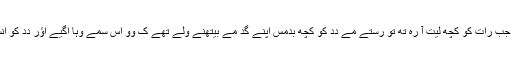
ایک دِن دِدِ جب رات کو کُچھ لیت آ رہِ تھِ تو رستے مے دِدِ کو کُچھ بدمس اَپنے گدِ مے بیتھنے ولے تھے کِ وو اُسِ سمے وہا اَگیے اؤر دِدِ کو اُنسے چھُدیا۔